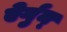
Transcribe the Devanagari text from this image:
ऐर्गुन्